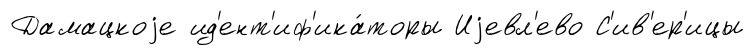
Дамацкоjе ид'ент'иф'ика́торы Иjевл'ево С'ив'ер'ицы